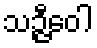
သဉ္ဇီဝေါ